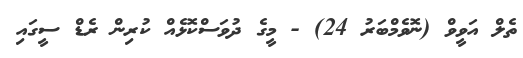
ތެލް އަވީވް (ނޮވެމްބަރު 24) - މީގެ ދުވަސްކޮޅެއް ކުރިން ރެޑް ސީގައި